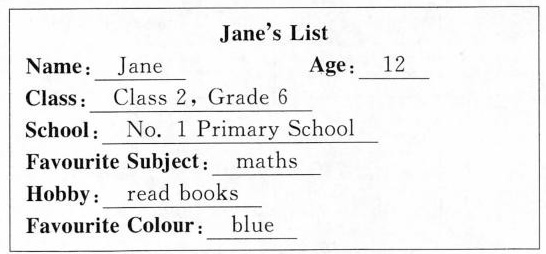
4.不得出现真实的校名和人名。